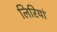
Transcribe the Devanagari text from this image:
लिरियां